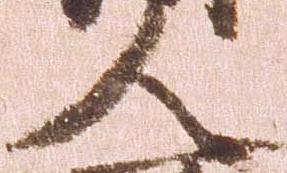
人